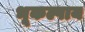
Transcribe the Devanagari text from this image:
भूकल्पाय